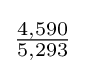
{\tfrac {4,590}{5,293}}